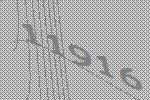
11916